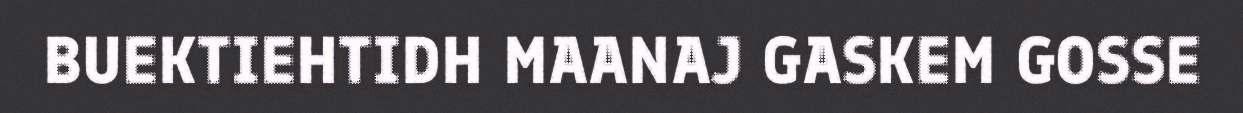
BUEKTIEHTIDH MAANAJ GASKEM GOSSE